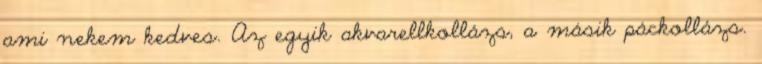
ami nekem kedves. Az egyik akvarellkollázs, a másik páckollázs.